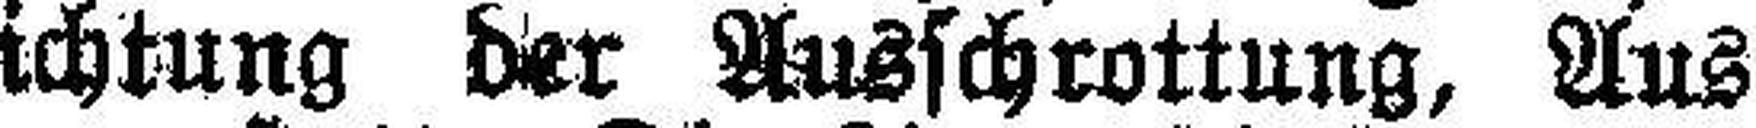
bestehend aus Einrichtung der Ausschrottung, Aus¬